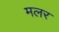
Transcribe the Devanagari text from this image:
मलर